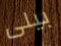
بيلى